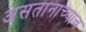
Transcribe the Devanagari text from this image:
असतानाच्याच